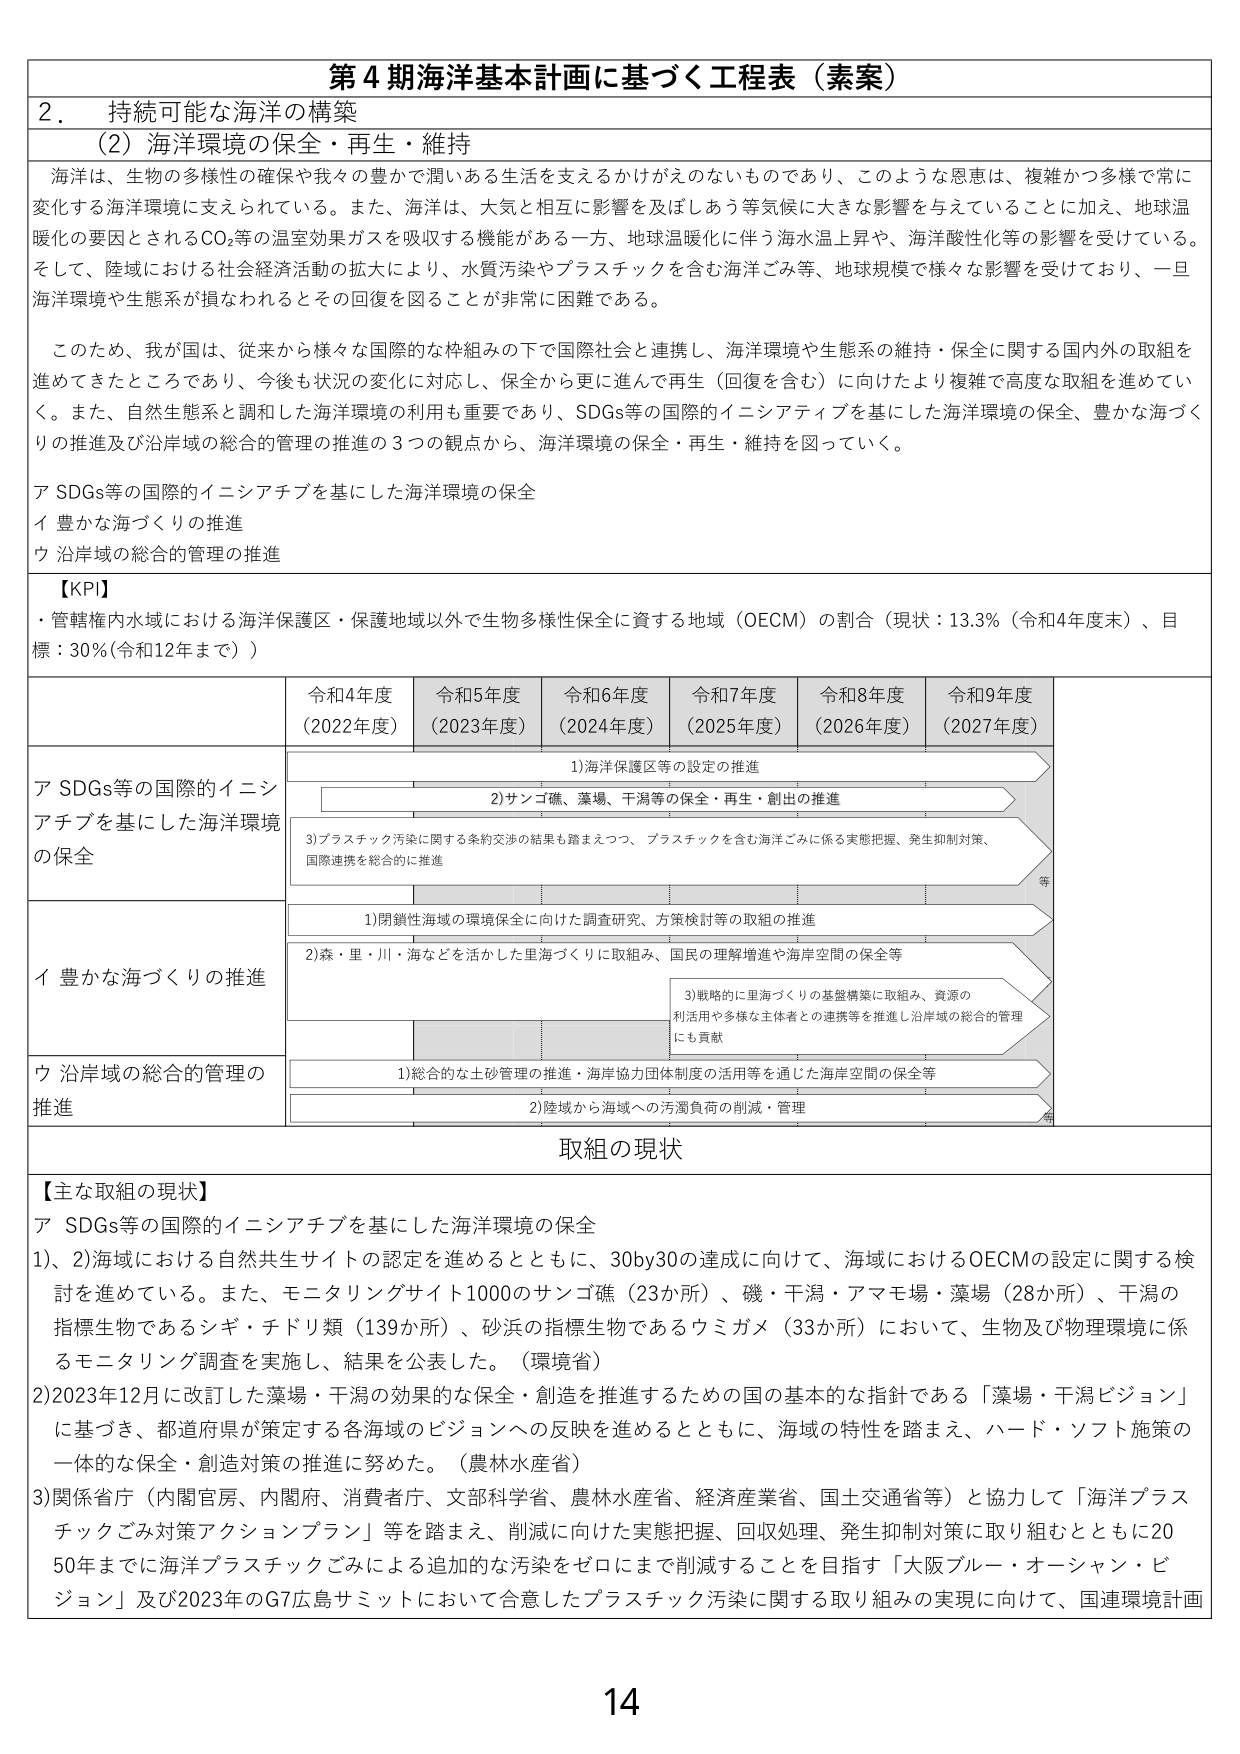
第４期海洋基本計画に基づく工程表（素案）

２．持続可能な海洋の構築

（２）海洋環境の保全・再生・維持

海洋は、生物の多様性の確保や我々の豊かで潤いある生活を支えるかけがえのないものであり、このような恩恵は、複雑かつ多様で常に変化する海洋環境に支えられている。また、海洋は、大気と相互に影響を及ぼしあう等気候に大きな影響を与えていることに加え、地球温暖化の要因とされるCO₂等の温室効果ガスを吸収する機能がある一方、地球温暖化に伴う海水温上昇や、海洋酸性化等の影響を受けている。そして、陸域における社会経済活動の拡大により、水質汚染やプラスチックを含む海洋ごみ等、地球規模で様々な影響を受けており、一旦海洋環境や生態系が損なわれるとその回復を図ることが非常に困難である。

このため、我が国は、従来から様々な国際的な枠組みの下で国際社会と連携し、海洋環境や生態系の維持・保全に関する国内外の取組を進めてきたところであり、今後も状況の変化に対応し、保全から更に進んで再生（回復を含む）に向けたより複雑で高度な取組を進めていく。また、自然生態系と調和した海洋環境の利用も重要であり、SDGs等の国際的イニシアティブを基にした海洋環境の保全、豊かな海づくりの推進及び沿岸域の総合的管理の推進の３つの観点から、海洋環境の保全・再生・維持を図っていく。

ア SDGs等の国際的イニシアティブを基にした海洋環境の保全
イ 豊かな海づくりの推進
ウ 沿岸域の総合的管理の推進

【KPI】
・管轄権内水域における海洋保護区・保護地域以外で生物多様性保全に資する地域（OECM）の割合（現状：13.3％（令和4年度末）、目標：30％（令和12年まで））

令和4年度（2022年度）　令和5年度（2023年度）　令和6年度（2024年度）　令和7年度（2025年度）　令和8年度（2026年度）　令和9年度（2027年度）

ア SDGs等の国際的イニシアティブを基にした海洋環境の保全
　　1) 海洋保護区等の設定の推進
　　2) サンゴ礁、藻場、干潟等の保全・再生・創出の推進
　　3) プラスチック汚染に関する条約交渉の結果も踏まえつつ、プラスチックを含む海洋ごみに係る実態把握、発生抑制対策、国際連携を総合的に推進

イ 豊かな海づくりの推進
　　1) 閉鎖性海域の環境保全に向けた調査研究、方策検討等の取組の推進
　　2) 森・里・川・海などを活かした里海づくりに取組み、国民の理解増進や海岸空間の保全等
　　　　3) 戦略的に里海づくりの基盤構築に取組み、資源の利活用や多様な主体者との連携等を推進し沿岸域の総合的管理にも貢献

ウ 沿岸域の総合的管理の推進
　　1) 総合的な土砂管理の推進・海岸協力団体制度の活用等を通じた海岸空間の保全等
　　2) 陸域から海域への汚濁負荷の削減・管理

取組の現状

【主な取組の現状】
ア SDGs等の国際的イニシアティブを基にした海洋環境の保全
1)、2) 海域における自然共生サイトの認定を進めるとともに、30by30の達成に向けて、海域におけるOECMの設定に関する検討を進めている。また、モニタリングサイト1000のサンゴ礁（23か所）、磯・干潟・アマモ場・藻場（28か所）、干潟の指標生物であるシギ・チドリ類（139か所）、砂浜の指標生物であるウミガメ（33か所）において、生物及び物理環境に係るモニタリング調査を実施し、結果を公表した。（環境省）
2) 2023年12月に改訂した藻場・干潟の効果的な保全・創造を推進するための国の基本的な指針である「藻場・干潟ビジョン」に基づき、都道府県が策定する各海域のビジョンへの反映を進めるとともに、海域の特性を踏まえ、ハード・ソフト施策の一体的な保全・創造対策の推進に努めた。（農林水産省）
3) 関係省庁（内閣官房、内閣府、消費者庁、文部科学省、農林水産省、経済産業省、国土交通省等）と協力して「海洋プラスチックごみ対策アクションプラン」等を踏まえ、削減に向けた実態把握、回収処理、発生抑制対策に取り組むとともに2050年までに海洋プラスチックごみによる追加的な汚染をゼロにまで削減することを目指す「大阪ブルー・オーシャン・ビジョン」及び2023年のG7広島サミットにおいて合意したプラスチック汚染に関する取り組みの実現に向けて、国連環境計画

14